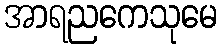
အာရညကေသုမေ